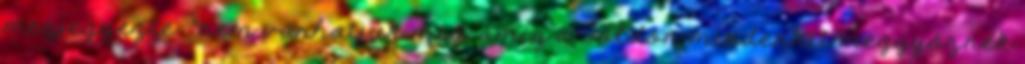
megjegyezte: "nem várhatjuk meg, amíg a Földön mindenkit meggyőznek